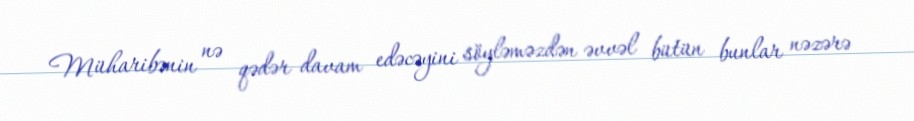
Müharibənin nə qədər davam edəcəyini söyləməzdən əvvəl bütün bunlar nəzərə